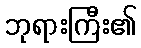
ဘုရားကြီး၏